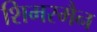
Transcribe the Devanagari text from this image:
शिमरमैन